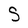
Character: S